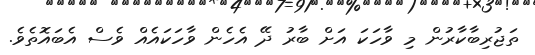
ތަޖުރިބާކާރުން މި ވާހަކަ އަށް ބާރު ދޭ އެހެން ވާހަކައެއް ވެސް އެބައޮތެވެ.